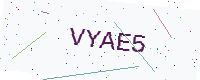
Text: VYAE5